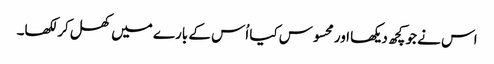
اس نے جو کچھ دیکھا اور محسوس کیا اُس کے بارے میں کھل کر لکھا۔